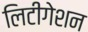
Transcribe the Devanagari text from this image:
लिटीगेशन